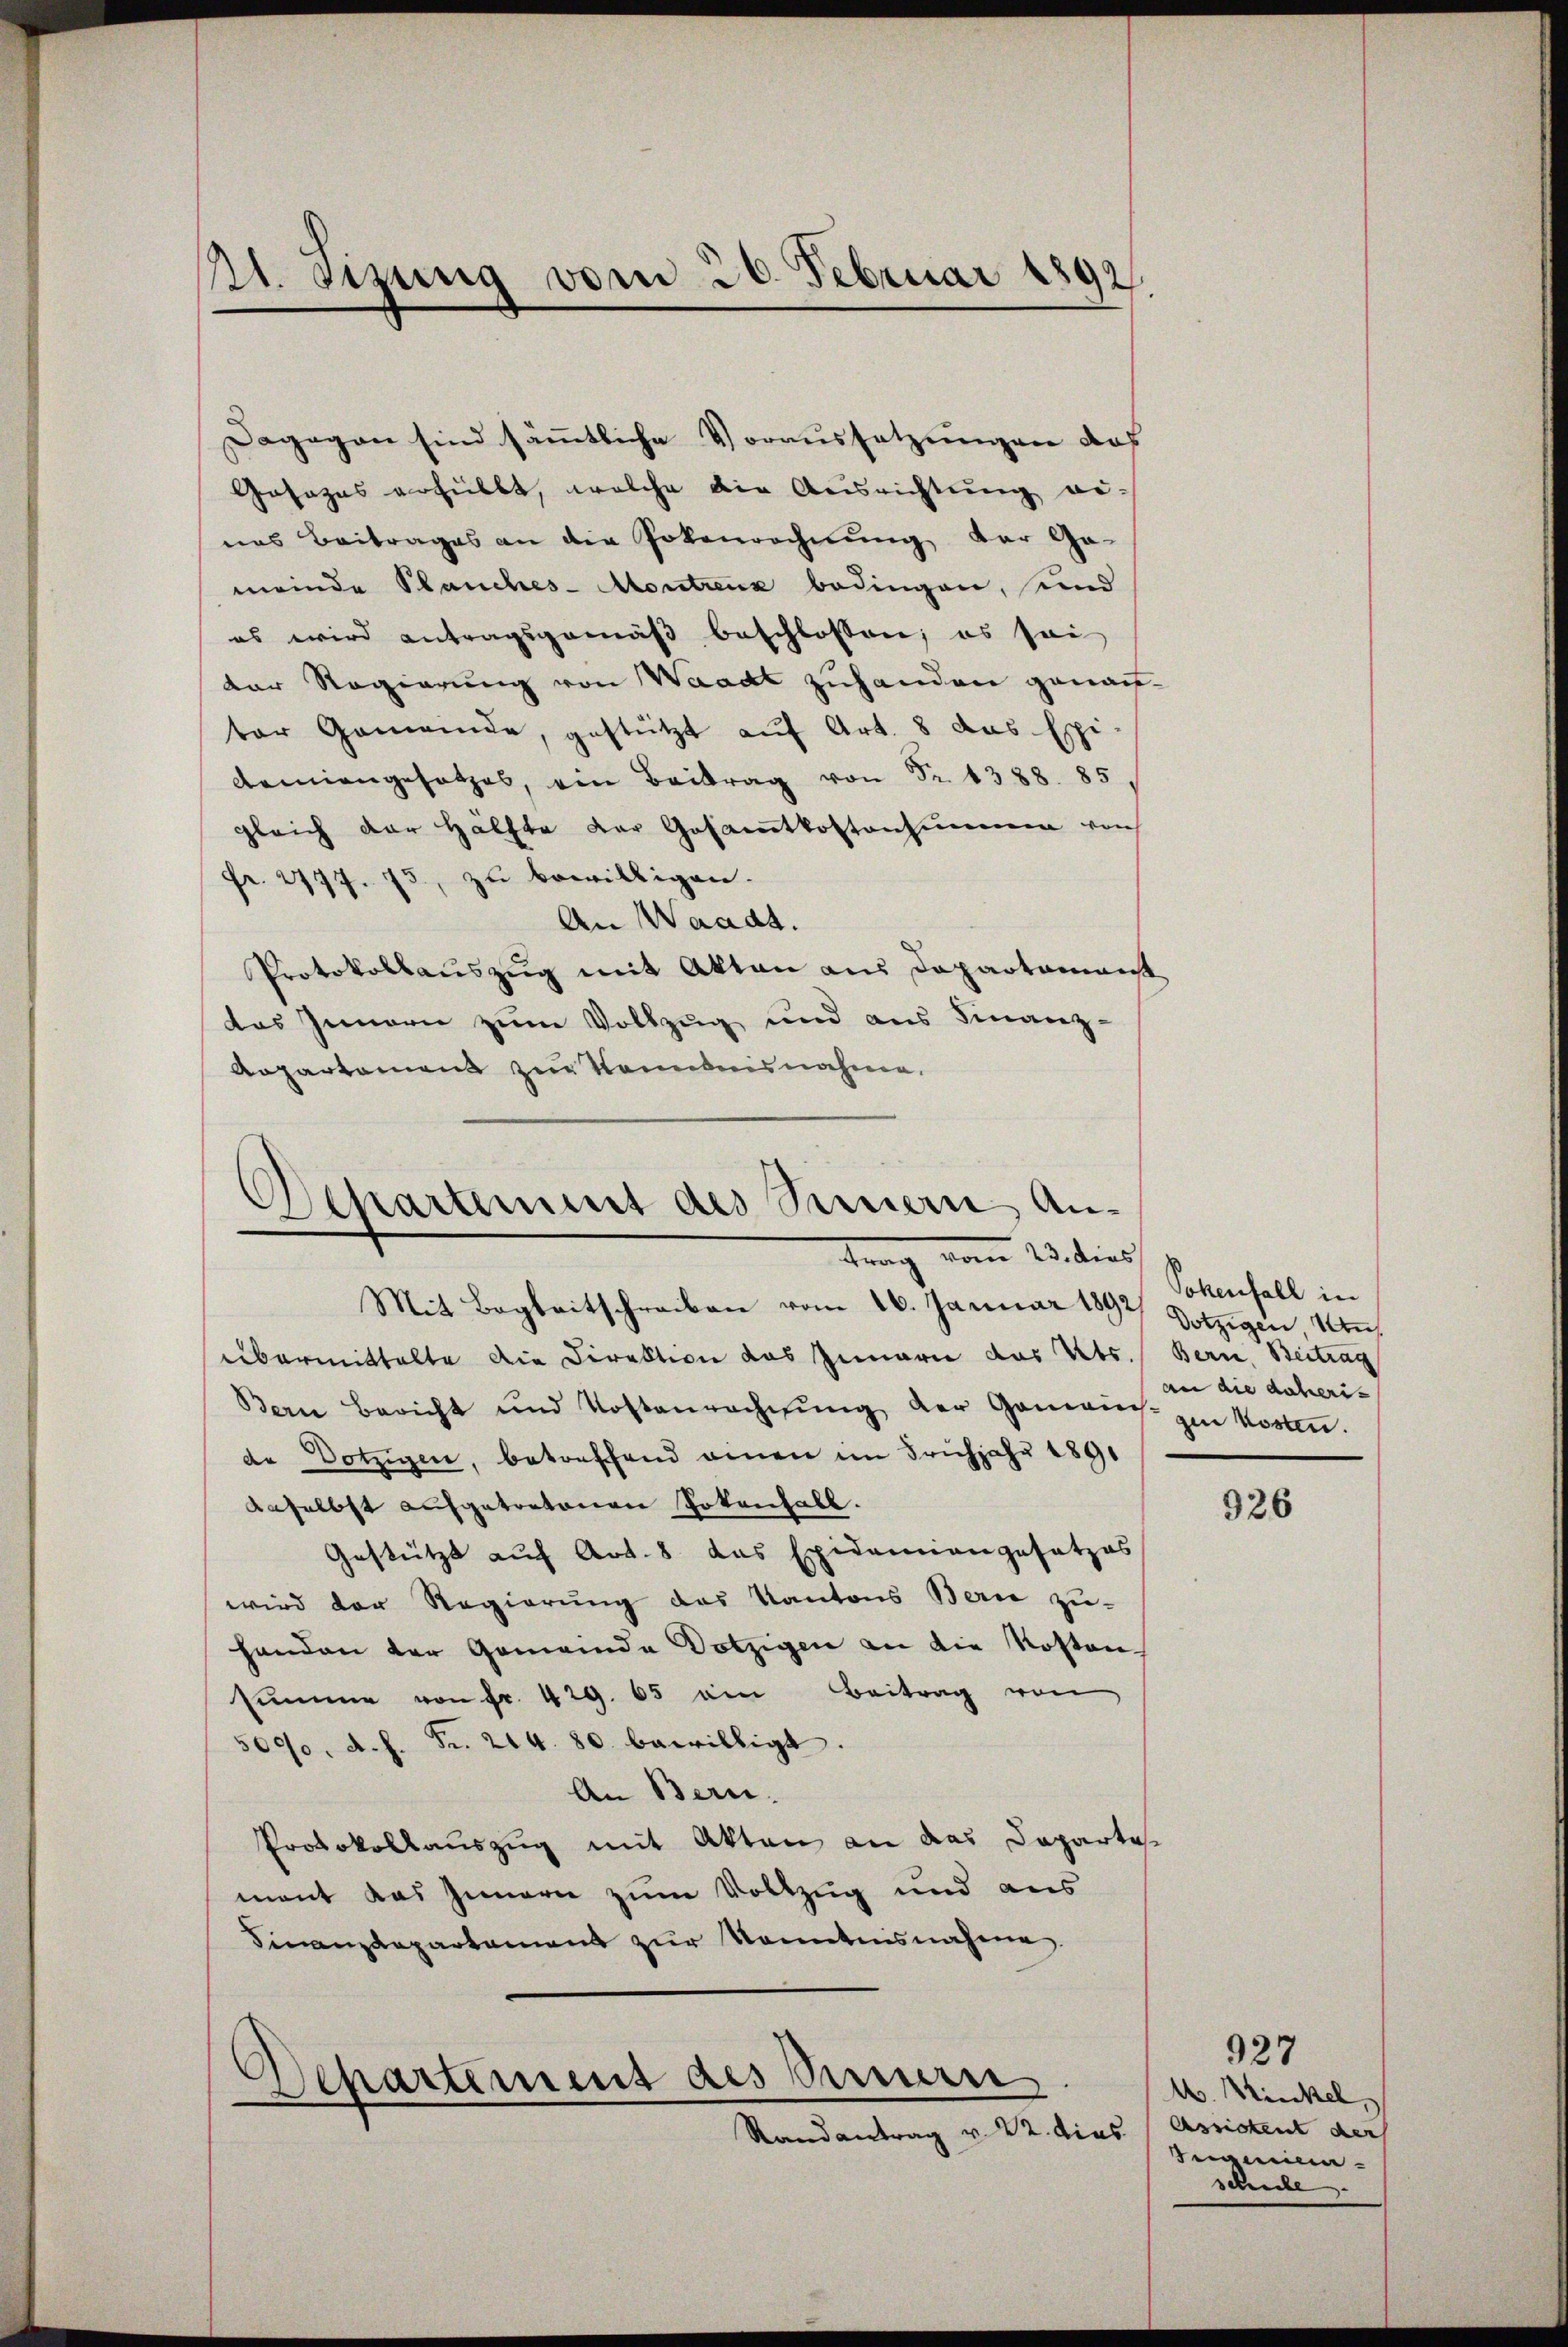
21. Sitzung vom 20. Februar 1892.

Dagegen sind sämmtliche Voraussetzungen das
Gosazas erhüllt, welche die Ausrichtung ge-
nas Beitrages an die Potenrechnung der Ge-
meinde Planches-Montrenz bedingen, und
es wird antragsgemäß beschlossen; es sei
der Regierung von Waadt zuhanden genau-
ter Gemeinde, gestützt auf Art. 8 das Epi
demiengesetzes, ein Beitrag von Nr. 1388. 85
gleich der Hälfte der Gesamtkostensumme von
Fr. 2777. 73, zu bewilligen.
An Waadt.
Protokollauszug mit Akten aus Departamenst
das Innern zum Vollzug und aus Finanz
Anpartamens zur Kenntnisnahme.

)
Separtiment des Sinnern Antrag vom 23. dies

Mit Begleitschreiben vom 16. Januar 1892 Dotzigen u
übermittelte die Direktion das Gemarie das Kts. Bern, Beitrag
Bern bericht und Kostenrechnŭng der Gemei- zur Korten.
de Dotzigen, betreffend einen im Frühjahr 1891
daselbst aufgetretenen Totenfall.
Gestützt auf Art. 8 das Epidemiengesetzes
wird der Regierung des Kantons Berie zu-
handen der Gemeinde Dotzigen an die Kosten
summe von Fr. 429. 65 am Beitrag von
5090, d. h. Fr. 214. 80. bewilligt.
An Bern.
Protokollauszug mit Akten an das Departe
ment das Innern zum Vollzug und aus
Finanzdepartament zur Kenntnisnahme

Departement des Surr
Randantrag v. 22. dies

Sokenfall in
an die daheris

926

927
M. Winkel,
Assigkeit der
Gegenen
schule